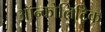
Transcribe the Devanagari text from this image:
ऑन्कोलिटिक